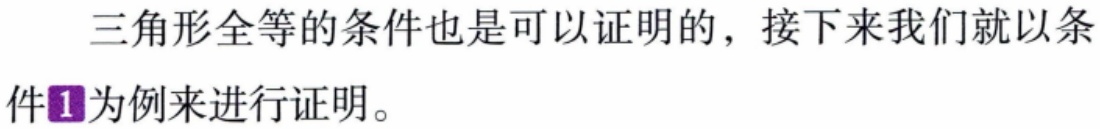
三角形全等的条件也是可以证明的，接下来我们就以条件\textcircled{1}为例来进行证明。